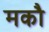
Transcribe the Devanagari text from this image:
मकौ